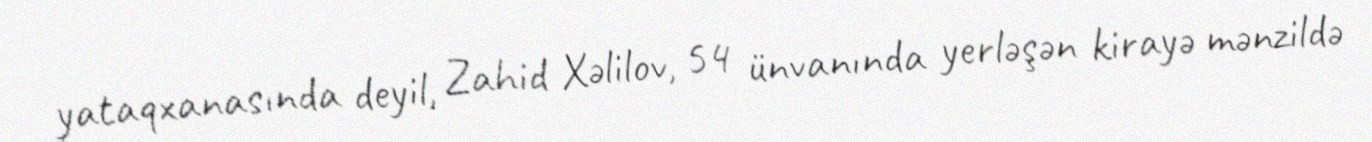
yataqxanasında deyil, Zahid Xəlilov, 54 ünvanında yerləşən kirayə mənzildə